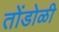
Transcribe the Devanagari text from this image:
तोंडोळी